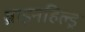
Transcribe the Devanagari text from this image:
ब्राइनहिल्ड्र